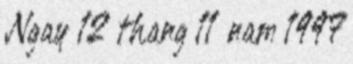
Ngay 12 thang 11 nam 1997